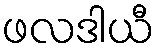
ဖလဒါယီ